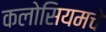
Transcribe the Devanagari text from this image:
कलोसियमचे